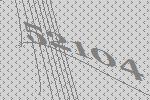
52104